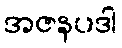
အဇနပဒါ